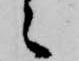
候